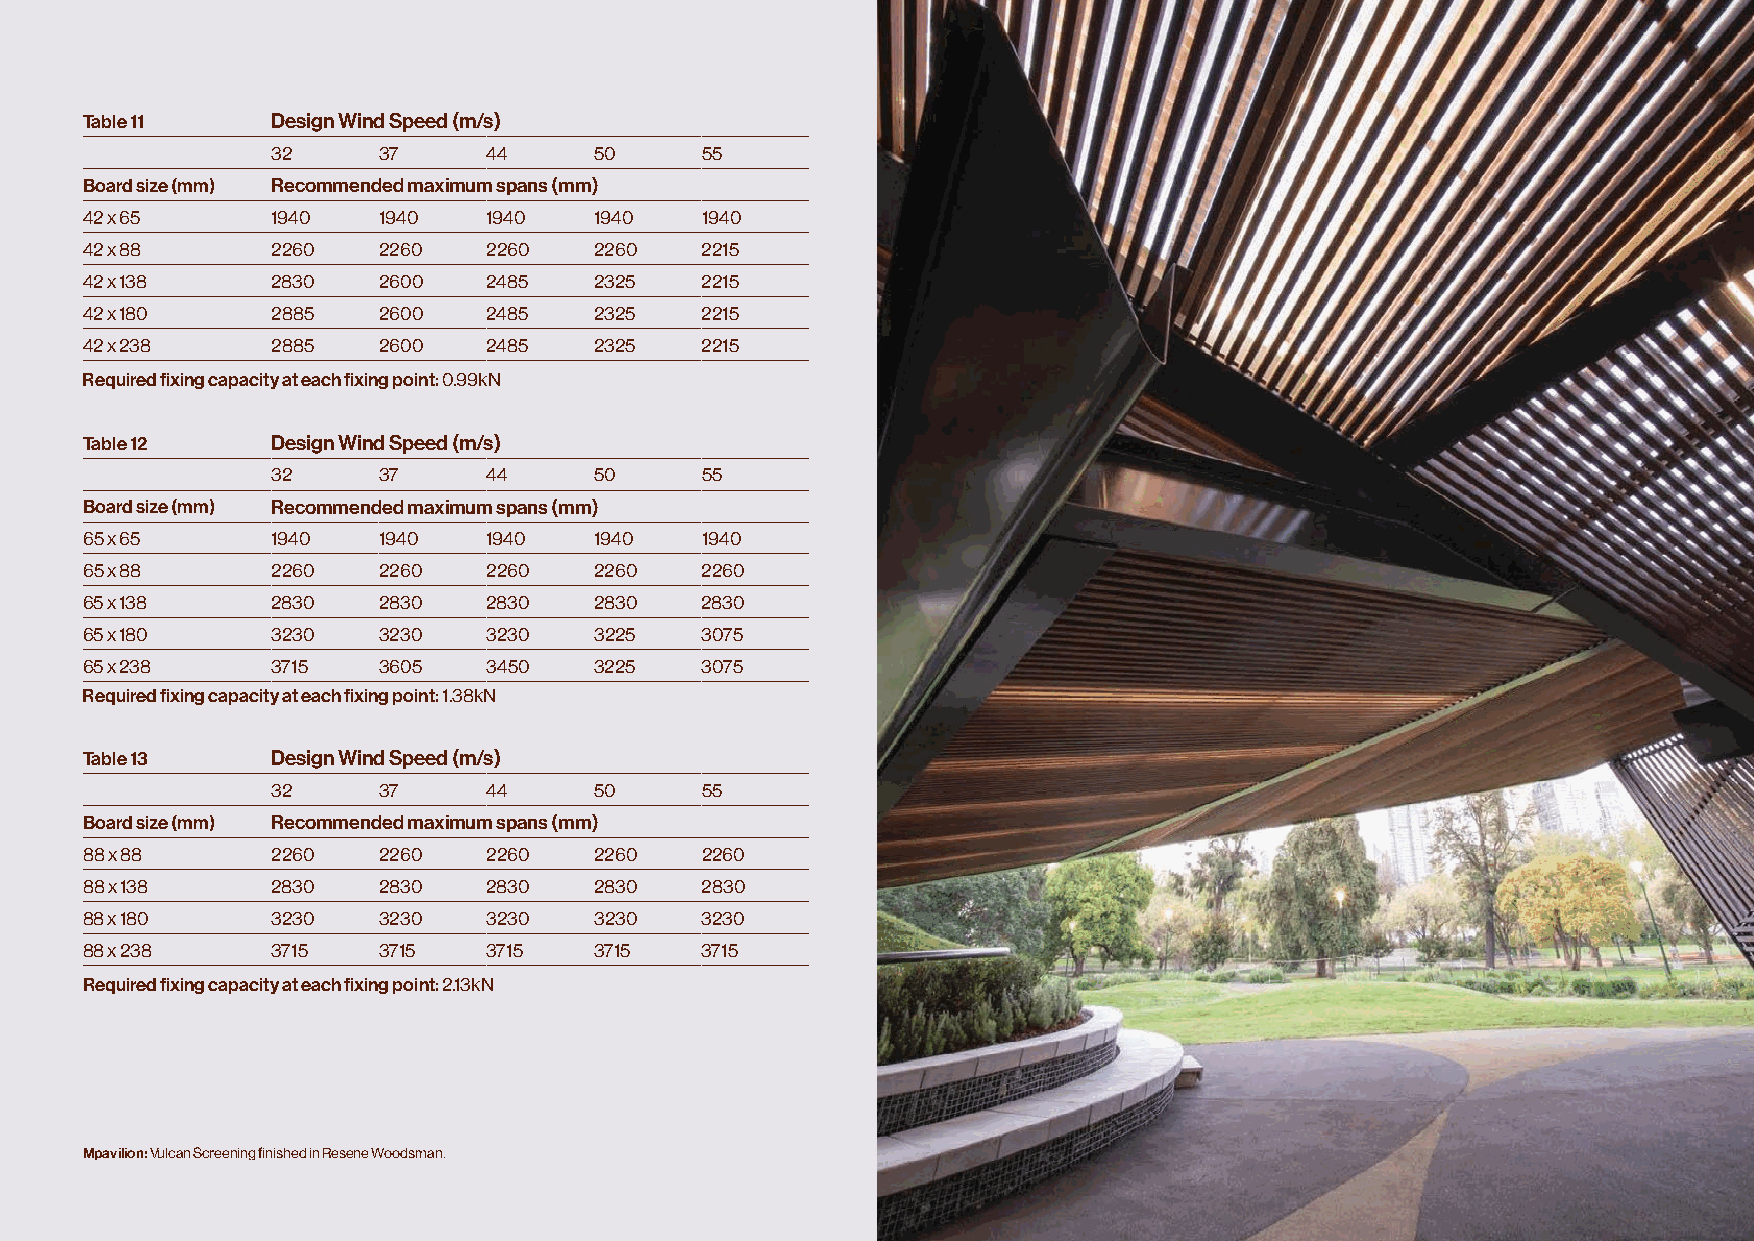
Table 11     Design Wind Speed (m/s)
 32     37     44     50     55
 Board size (mm) Recommended maximum spans (mm)
 42 x 65      1940   1940   1940   1940   1940
 42 x 88      2260   2260   2260   2260   2215
 42 x 138     2830   2600   2485   2325   2215
 42 x 180     2885   2600   2485   2325   2215
 42 x 238     2885   2600   2485   2325   2215
 Required fixing capacity at each fixing point: 0.99kN
 Table 12     Design Wind Speed (m/s)
 32     37     44     50     55
 Board size (mm) Recommended maximum spans (mm)
 65 x 65      1940   1940   1940   1940   1940
 65 x 88      2260   2260   2260   2260   2260
 65 x 138     2830   2830   2830   2830   2830
 65 x 180     3230   3230   3230   3225   3075
 65 x 238     3715   3605   3450   3225   3075
 Required fixing capacity at each fixing point: 1.38kN
 Table 13     Design Wind Speed (m/s)
 32     37     44     50     55
 Board size (mm) Recommended maximum spans (mm)
 88 x 88      2260   2260   2260   2260   2260
 88 x 138     2830   2830   2830   2830   2830
 88 x 180     3230   3230   3230   3230   3230
 88 x 238     3715   3715   3715   3715   3715
 Required fixing capacity at each fixing point: 2.13kN
 Mpavilion: Vulcan Screening finished in Resene Woodsman.       © Abodo Wood Ltd | Abodo Vulcan Screening Design Guide Aug 21 Carefully Crafted Timber 17